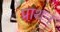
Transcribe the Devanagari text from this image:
प्राथन